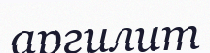
аргилит